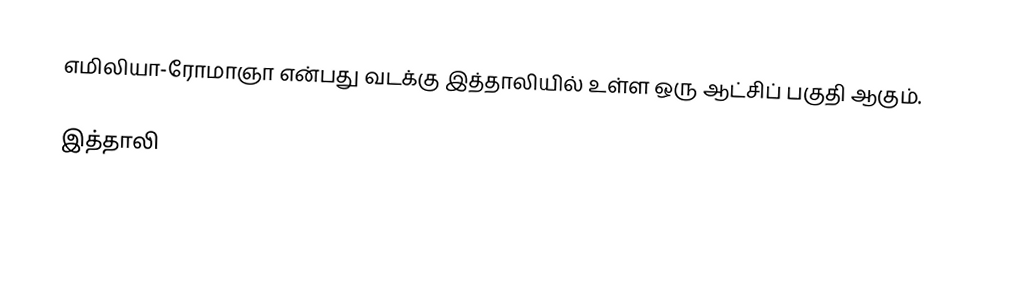
எமிலியா-ரோமாஞா என்பது வடக்கு இத்தாலியில் உள்ள ஒரு ஆட்சிப் பகுதி ஆகும்.

இத்தாலி